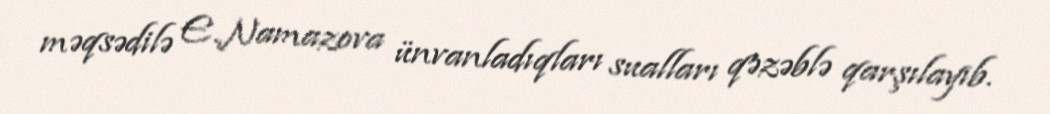
məqsədilə E.Namazova ünvanladıqları sualları qəzəblə qarşılayıb.